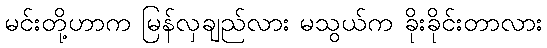
မင်းတို့ဟာက မြန်လှချည်လား မသွယ်က ခိုးခိုင်းတာလား